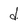
Character: d